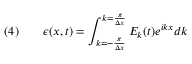
\quad ( 4 ) \qquad \epsilon ( x , t ) = \int _ { k = - { \frac { \pi } { \Delta x } } } ^ { k = { \frac { \pi } { \Delta x } } } E _ { k } ( t ) e ^ { { i } k x } d k